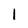
Character: l